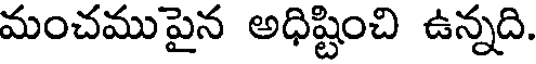
మంచముపైన అధిష్టించి ఉన్నది.